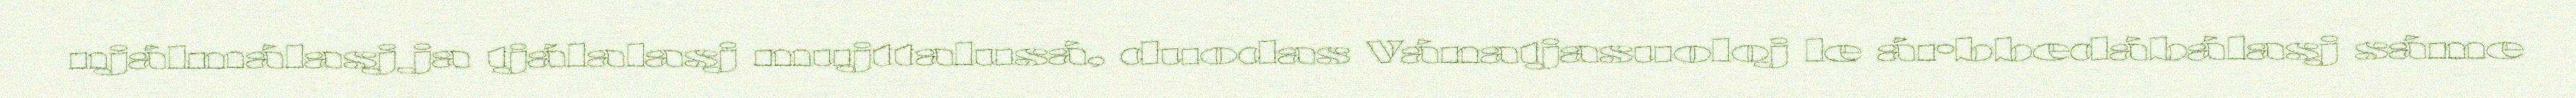
njálmálasj ja tjálalasj mujttalusá, duodas Vánatjasuoloj le árbbedábálasj sáme